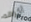
أكرهه